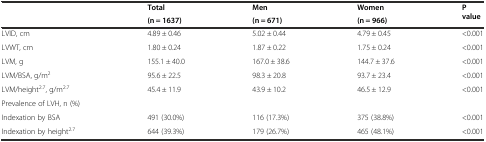
| <ROWSPAN=2>  | Total | Men | Women | <ROWSPAN=2> P value |
 | (n = 1637) | (n = 671) | (n = 966) |
 | --- | --- | --- | --- | --- |
 | LVID, cm | 4.89 ± 0.46 | 5.02 ± 0.44 | 4.79 ± 0.45 | <0.001 |
 | LVWT, cm | 1.80 ± 0.24 | 1.87 ± 0.22 | 1.75 ± 0.24 | <0.001 |
 | LVM, g | 155.1 ± 40.0 | 167.0 ± 38.6 | 144.7 ± 37.6 | <0.001 |
 | LVM/BSA, g/m2 | 95.6 ± 22.5 | 98.3 ± 20.8 | 93.7 ± 23.4 | <0.001 |
 | LVM/height2.7, g/m2.7 | 45.4 ± 11.9 | 43.9 ± 10.2 | 46.5 ± 12.9 | <0.001 |
 | Prevalence of LVH, n (%) |  |  |  |  |
 | Indexation by BSA | 491 (30.0%) | 116 (17.3%) | 375 (38.8%) | <0.001 |
 | Indexation by height2.7 | 644 (39.3%) | 179 (26.7%) | 465 (48.1%) | <0.001 |